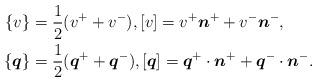
LaTeX: \begin{align*}\{v\} &= \frac{1}{2}(v^+ + v^-), [v] = v^+\boldsymbol{n}^+ + v^-\boldsymbol{n}^-,\\\{\boldsymbol{q}\} &= \frac{1}{2}(\boldsymbol{q}^+ + \boldsymbol{q}^-), [\boldsymbol{q}] = \boldsymbol{q}^+\cdot \boldsymbol{n}^+ + \boldsymbol{q}^-\cdot \boldsymbol{n}^-.\end{align*}